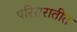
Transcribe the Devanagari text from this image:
परिसरातीत